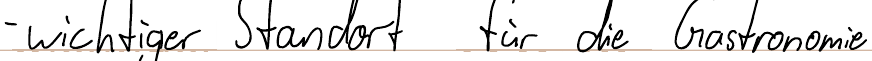
- wichtiger Standort für die Gastronomie